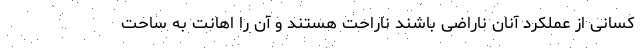
کسانی از عملکرد آنان ناراضی باشند ناراحت هستند و آن را اهانت به ساحت